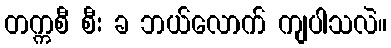
တက္ကစီ စီး ခ ဘယ်လောက် ကျပါသလဲ။